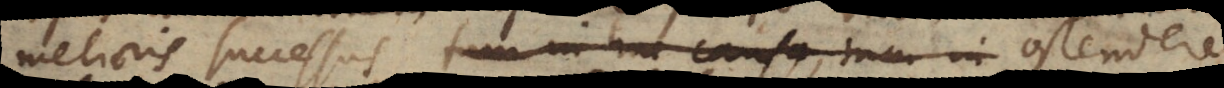
melioris successus tum in hac causa, tum in ostendere